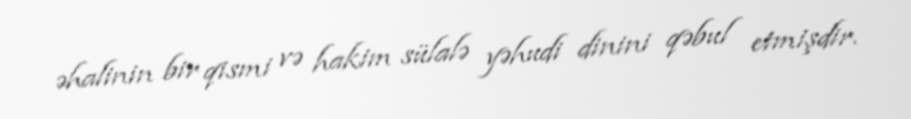
əhalinin bir qismi və hakim sülalə yəhudi dinini qəbul etmişdir.